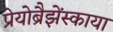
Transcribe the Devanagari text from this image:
प्रेयोब्रैझेंस्काया